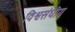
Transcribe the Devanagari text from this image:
विश्वसंघीय